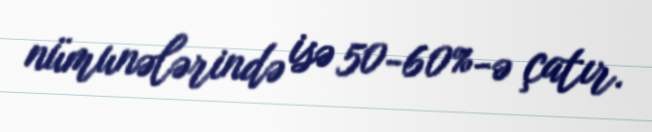
nümunələrində isə 50-60%-ə çatır.